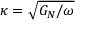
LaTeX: \kappa = { \sqrt { G _ { N } / \omega } }